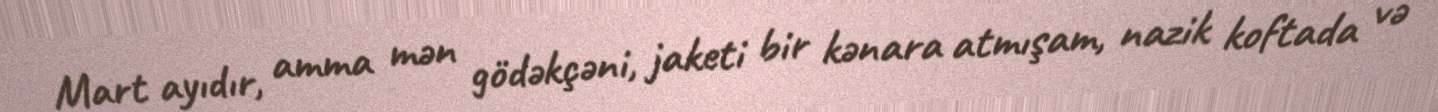
Mart ayıdır, amma mən gödəkçəni, jaketi bir kənara atmışam, nazik koftada və